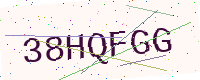
Text: 38HQFGG